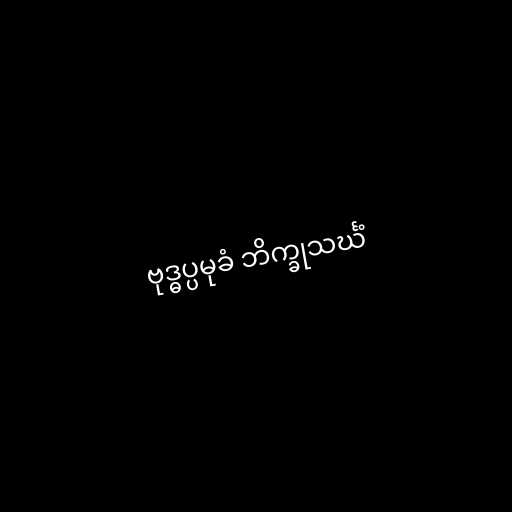
ဗုဒ္ဓပ္ပမုခံ ဘိက္ခုသင်္ဃံ